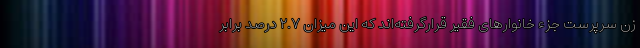
زن سرپرست جزء خانوارهای فقیر قرارگرفته‌اند که این میزان ۲.۷ درصد برابر